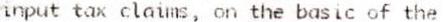
INPUT TAX CLAIMS, ON THE BASIC OF THE